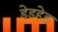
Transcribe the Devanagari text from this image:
डेडहेड